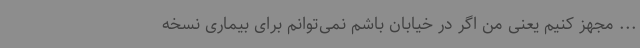
... مجهز کنیم یعنی من اگر در خیابان باشم نمی‌توانم برای بیماری نسخه